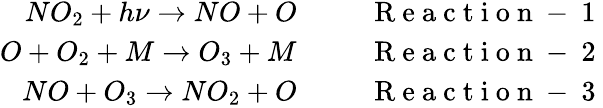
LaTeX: \begin{array}{r}{NO_{2}+h\nu\rightarrow NO+O\; \; \; \; \; \; \; \; \; \mathrm{~R~e~a~c~t~i~o~n~-~1~}}\\ {O+O_{2}+M\rightarrow O_{3}+M\; \; \; \; \; \; \; \; \; \mathrm{~R~e~a~c~t~i~o~n~-~2~}}\\ {NO+O_{3}\rightarrow NO_{2}+O\; \; \; \; \; \; \; \; \; \mathrm{~R~e~a~c~t~i~o~n~-~3~}}\end{array}